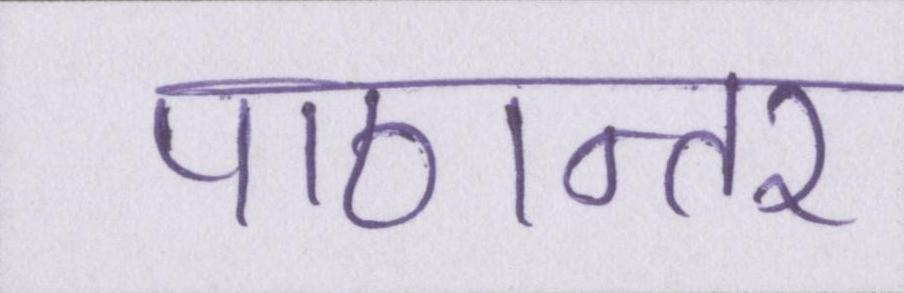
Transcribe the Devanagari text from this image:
पाठान्तर